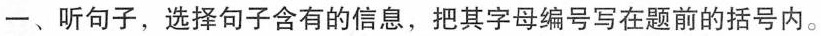
一、听句子,选择句子含有的信息,把其字母编号写在题前的括号内.